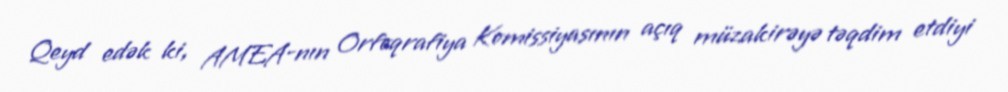
Qeyd edək ki, AMEA-nın Orfoqrafiya Komissiyasının açıq müzakirəyə təqdim etdiyi